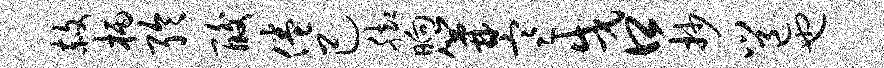
赦柄聆酸倦己脚晌篝寒戌口抄邕也